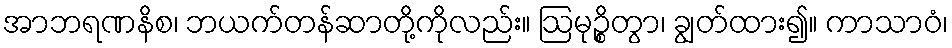
အာဘရဏနိစ၊ ဘယက်တန်ဆာတို့ကိုလည်း။ ဩမုဉ္စိတွာ၊ ချွတ်ထား၍။ ကာသာဝံ၊